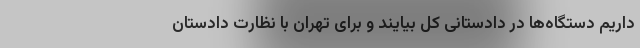
داریم دستگاه‌ها در دادستانی کل بیایند و برای تهران با نظارت دادستان